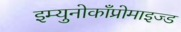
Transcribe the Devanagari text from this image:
इम्युनोकाँप्रोमाइज्ड